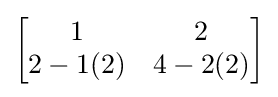
{\begin{bmatrix}1&2\\2-1(2)&4-2(2)\end{bmatrix}}